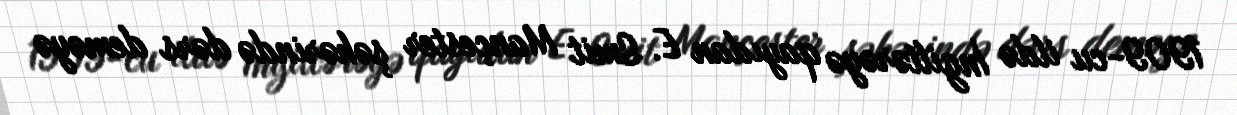
1909-cu ildə İngiltərəyə qayıdan E. Smit Mançester şəhərində dərs deməyə